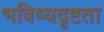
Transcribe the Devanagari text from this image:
भविष्यदृष्टता